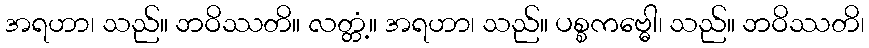
အရဟာ၊ သည်။ ဘဝိဿတိ။ လတ္တံ့။ အရဟာ၊ သည်။ ပစ္စကဗ္ဓေါ၊ သည်။ ဘဝိဿတိ၊